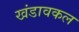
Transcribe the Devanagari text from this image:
खंडावकल